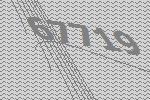
67719